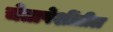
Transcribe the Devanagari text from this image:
चेतापेशींतील